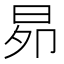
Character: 𭥦